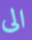
الى